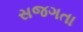
સજગતા